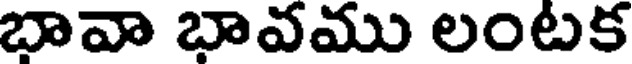
భావా భావము లంటక